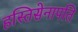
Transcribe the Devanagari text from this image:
हस्तिसेनापति